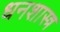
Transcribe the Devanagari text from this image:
धनशास्त्र